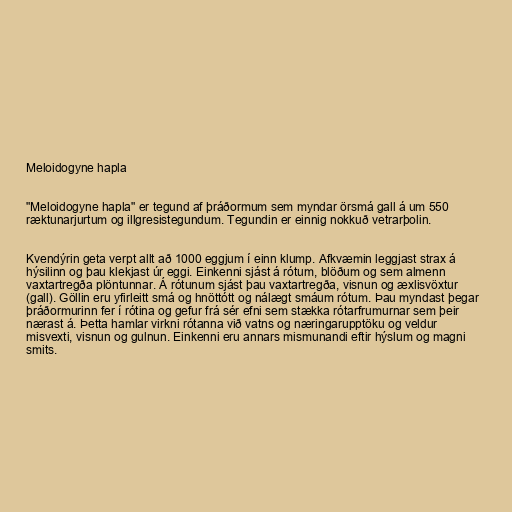
Meloidogyne hapla

"Meloidogyne hapla" er tegund af þráðormum sem myndar örsmá gall á um 550
ræktunarjurtum og illgresistegundum. Tegundin er einnig nokkuð vetrarþolin.

Kvendýrin geta verpt allt að 1000 eggjum í einn klump. Afkvæmin leggjast strax á
hýsilinn og þau klekjast úr eggi. Einkenni sjást á rótum, blöðum og sem almenn
vaxtartregða plöntunnar. Á rótunum sjást þau vaxtartregða, visnun og æxlisvöxtur
(gall). Göllin eru yfirleitt smá og hnöttótt og nálægt smáum rótum. Þau myndast þegar
þráðormurinn fer í rótina og gefur frá sér efni sem stækka rótarfrumurnar sem þeir
nærast á. Þetta hamlar virkni rótanna við vatns og næringarupptöku og veldur
misvexti, visnun og gulnun. Einkenni eru annars mismunandi eftir hýslum og magni
smits.